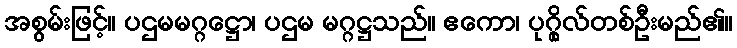
အစွမ်းဖြင့်။ ပဌမမဂ္ဂဋ္ဌော၊ ပဌမ မဂ္ဂဋ္ဌသည်။ ဧကော၊ ပုဂ္ဂိုလ်တစ်ဦးမည်၏။